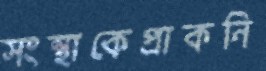
সংস্থাকেপ্রাকনি